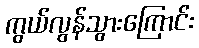
ကွယ်လွန်သွားကြောင်း